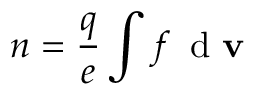
n = \frac { q } { e } \int f \, \textnormal { d } { \mathbf v }